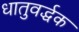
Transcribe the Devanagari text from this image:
धातुवर्द्धक